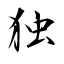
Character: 独